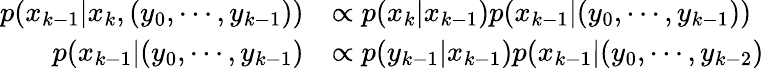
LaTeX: {\begin{array}{rl}{p(x_{k-1}|x_{k},(y_{0},\cdots,y_{k-1}))}&{\propto p(x_{k}|x_{k-1})p(x_{k-1}|(y_{0},\cdots,y_{k-1}))}\\ {p(x_{k-1}|(y_{0},\cdots,y_{k-1})}&{\propto p(y_{k-1}|x_{k-1})p(x_{k-1}|(y_{0},\cdots,y_{k-2})}\end{array}}